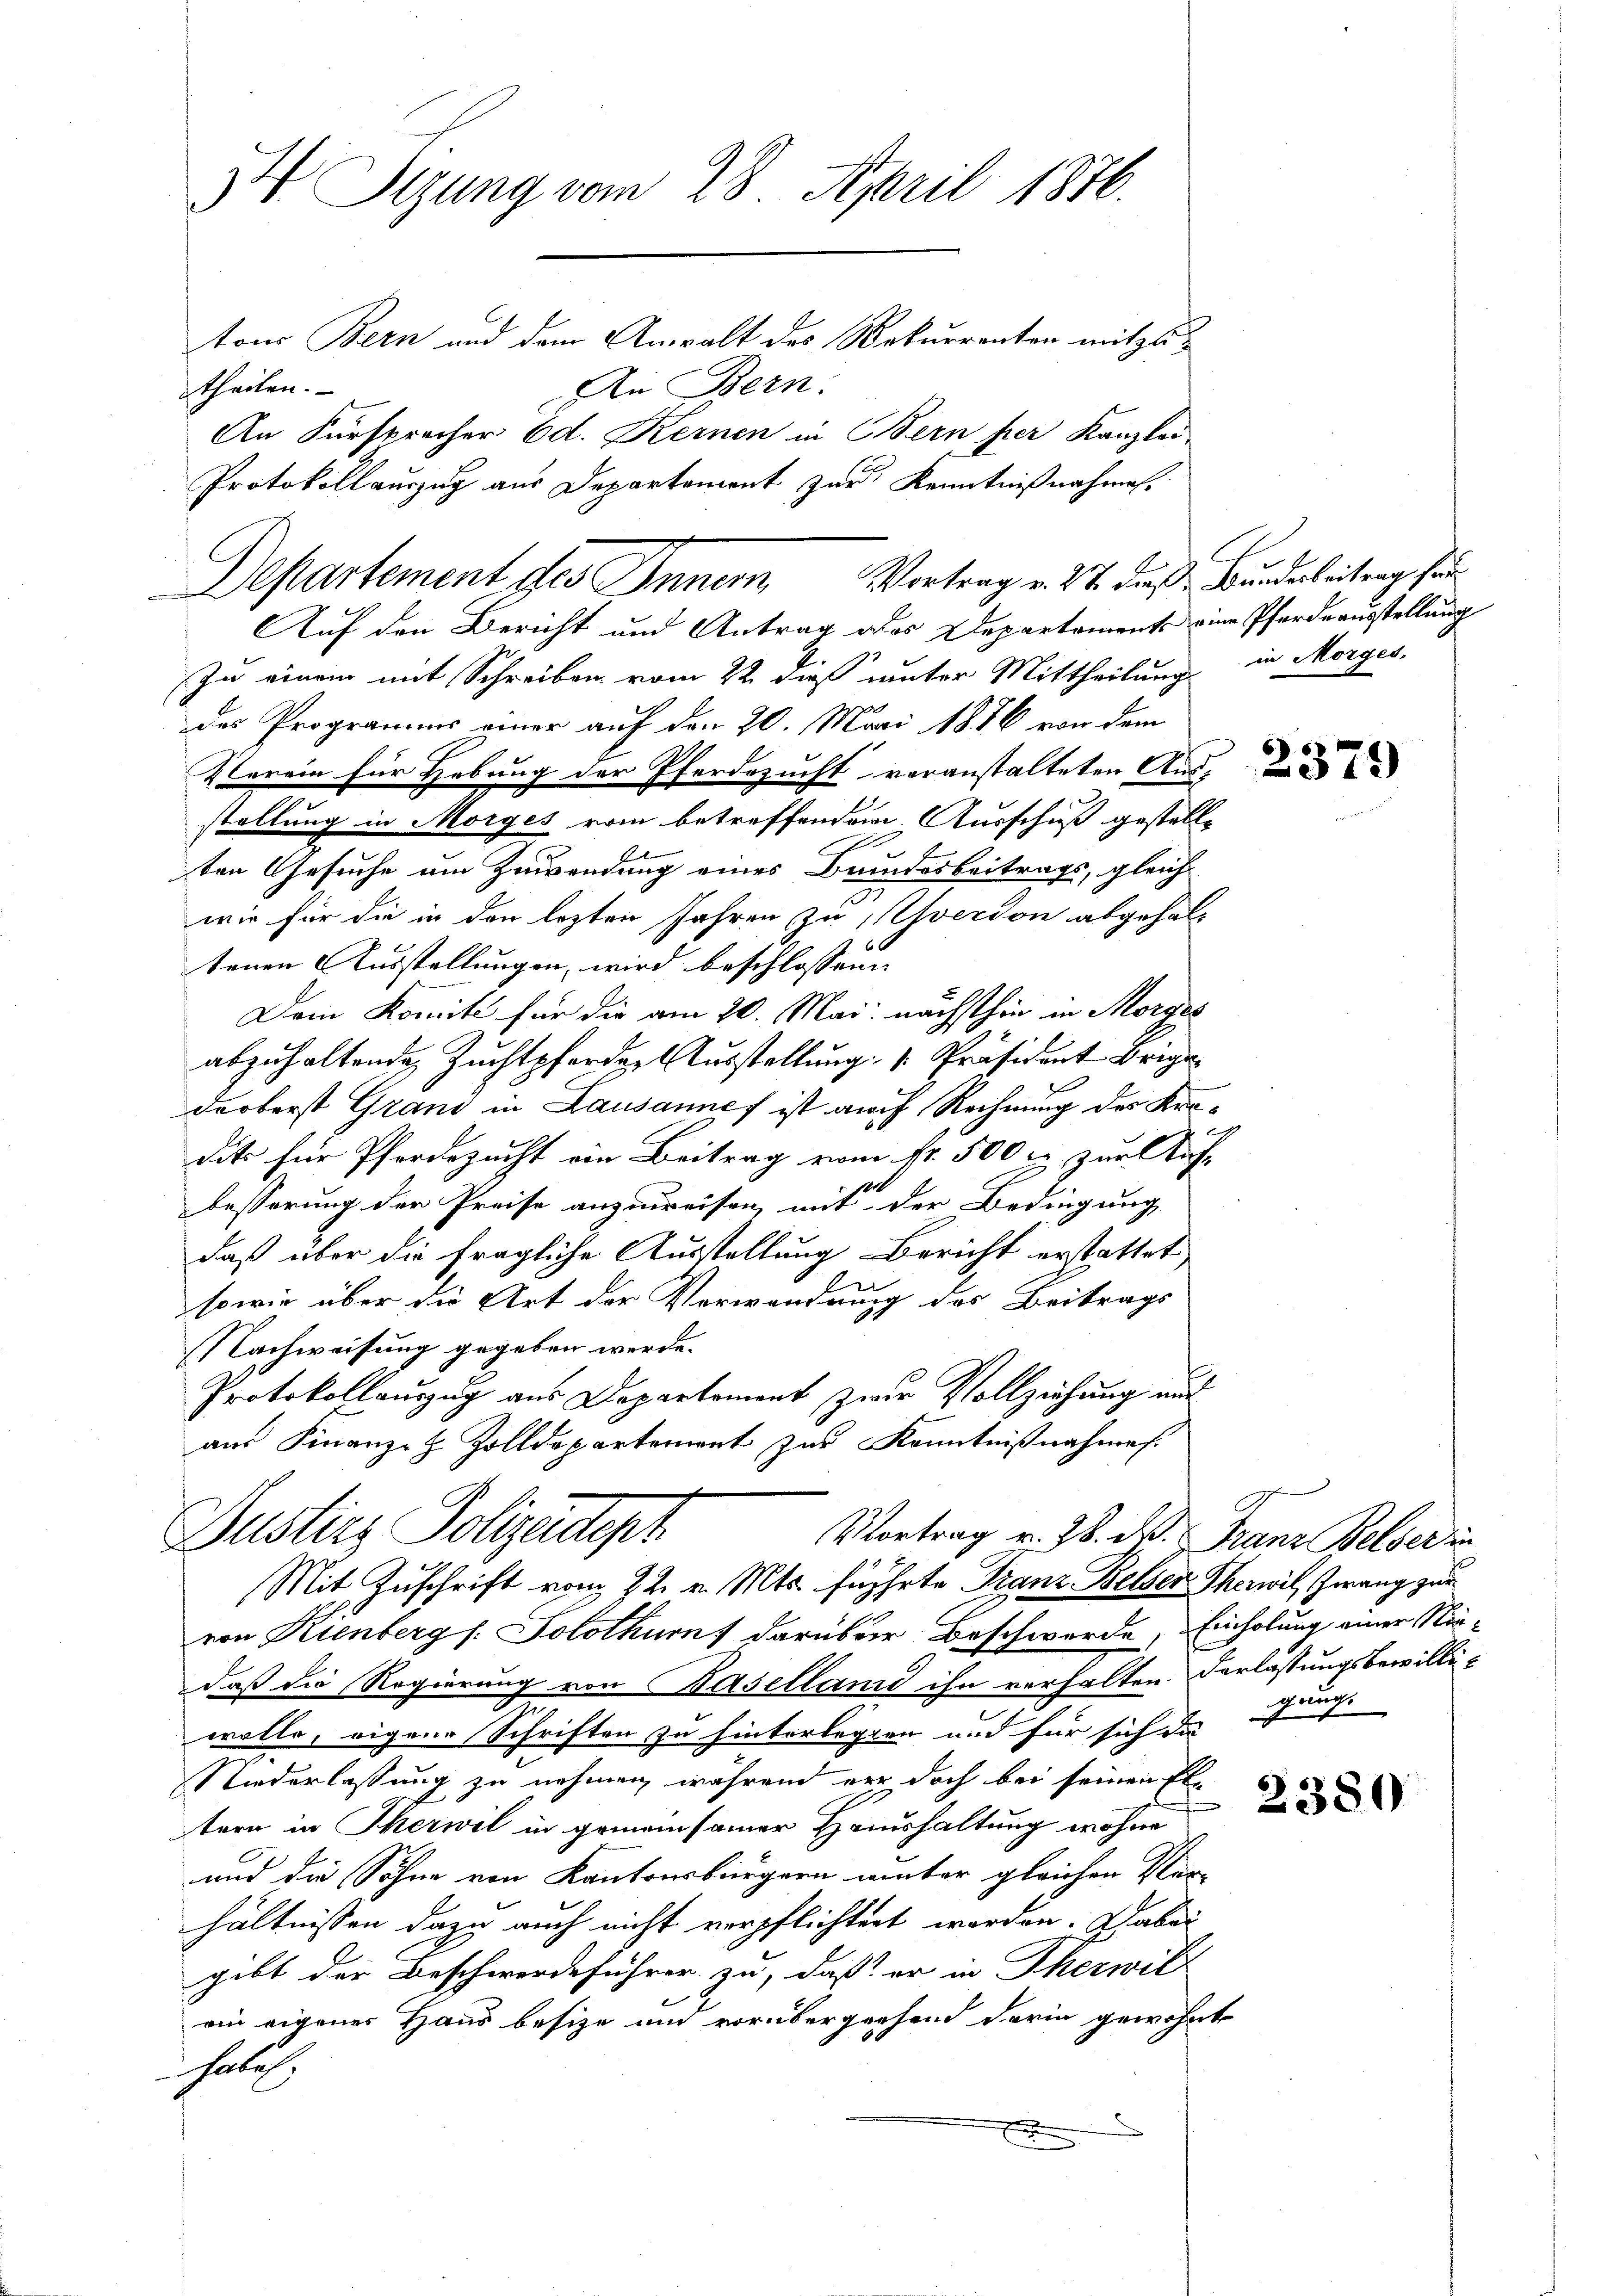
34 Sizung vom 28. April 1876.
tons Bern und dem Anwalt des Rekurrenton mitzu¬

An Bern.
theilen.
An Fürsprecher od. Kernen in Bern per Kanzlei
Protokollauszug aus Departament zur Kenntniß nachmal-

Auf den Bericht und Antrag des Departements ein Pferdeausstellung
In einem mit Schreiben vom 22. dieß unter Mittheilung in Morges,
das Programms einer auf den 20. Mai 1856 von dem
Verein für Hebung der Pferdezucht voranstalteten Ausstellung in Morges vom betreffendem Ausschuß gestelle
u
ten Gesuche um Zuwendung eines Bundesbeitrags, gleich-
wie für die in den lezten Jahren zu verdon abgehaltenen Ausstellungen, wird beschlossene
Dem Komite für die am 20. Mai nächsthin in Morges
abzuhaltende Zuchtpferdert Ausstellung . Präsident Brige
darberst Grand in Lausannes ist auch Rechnung des Kredits für Pferdezucht ein Beitrag vom fr. 500 r. zur Auf- |
12.
besserung der Preise anzureisen, mit der Bedingung
daß über die fragliche Ausstellung Bericht erstattet
1
sowie über die Art der Verwendung des Beitrags
Nachweisung gegeben werde.
Protokollauszug aus Departement zwar Vollziehung auf
aus Finanze z. Zolldepartement zur Kenntnißnahmen.
Gusters Polizadopt
Vortrag v. 28. d. Franz Belser in
Mit Zuschrift vom 22. v. Mts. führte Franz Belsen Therwil, Zwang zur
von Kienberg (: Solothurn, darüber Beschwerde, Einholung einer Niedaß die Regierung von Baselland ihn verhalten. Verlassungsbewilliwolle, eigene Schriften zu hinterlegten und für sich da
Niderlassung zu nehmen, während er doch bei seinen Ele
tern in Therwil in gemeinsamer Haushaltung wohne
und die Söhne von Kantonsbürgern unter gleichen Ver-
hältnissen dazu auch nicht verpflichtert worden. Dabei
gibt der Beschwerdeführer zu, daß er in Therwil
rin eigenes Haus besize und vorübergehend darin gewohnt
Habil

Departement des Inner Vortrag v. 21. daß Bunderbeitung hin¬

sauce

2380